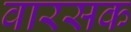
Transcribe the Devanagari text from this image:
वारसक